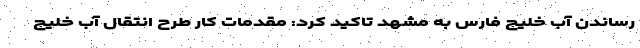
رساندن آب خلیج فارس به مشهد تاکید کرد: مقدمات کار طرح انتقال آب خلیج